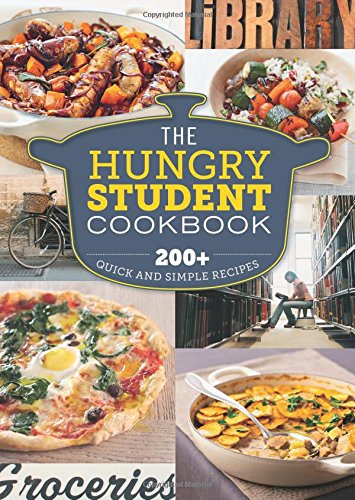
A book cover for The Hungry Student Cookbook: 200+ quick and simple recipes; Spruce; Cookbooks, Food & Wine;